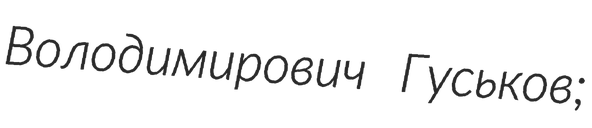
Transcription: Володимирович Гуськов;